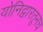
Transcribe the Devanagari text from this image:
योनिद्वारतूनच